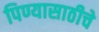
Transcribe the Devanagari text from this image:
पिण्यासाठीचे